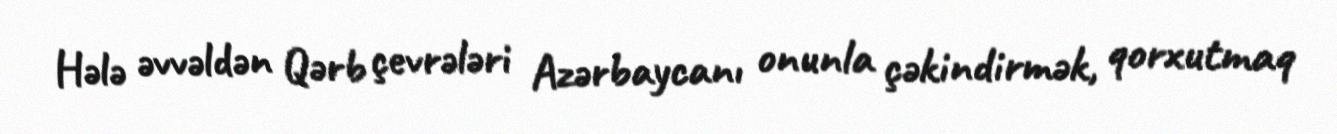
Hələ əvvəldən Qərb çevrələri Azərbaycanı onunla çəkindirmək, qorxutmaq